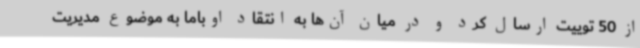
از 50 توییت ارسال کرد و در میان آن‌ها به انتقاد اوباما به موضوع مدیریت